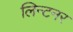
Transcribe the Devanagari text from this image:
लिन्टनर